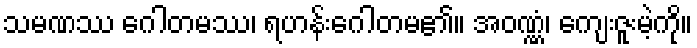
သမဏဿ ဂေါတမဿ၊ ရဟန်းဂေါတမ၏။ အဝဏ္ဏံ၊ ကျေးဇူးမဲ့ကို။